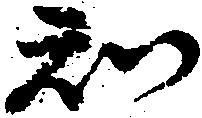
知